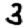
Digit: 3